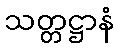
သတ္တဋ္ဌာနံ